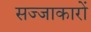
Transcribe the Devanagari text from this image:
सज्जाकारों